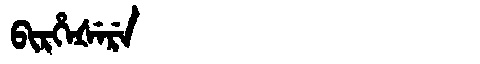
Manchu: ᠪᡳᡵᡥᡝᡧᡝᡵᡝ
Romanization: BIRHEŠERE